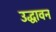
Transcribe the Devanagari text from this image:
उद्धावन